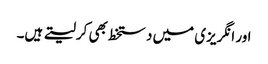
اور انگریزی میں دستخط بھی کرلیتے ہیں۔